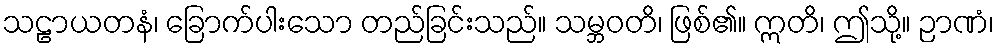
သဠာယတနံ၊ ခြောက်ပါးသော တည်ခြင်းသည်။ သမ္ဘဝတိ၊ ဖြစ်၏။ ဣတိ၊ ဤသို့။ ဉာဏံ၊